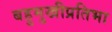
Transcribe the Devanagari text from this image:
बहुमुखीप्रतिभा